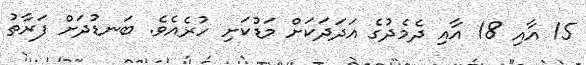
15 އާއި 18 އާއި ދެމެދުގެ އަދަދަކަށް މަޑުކަށި ހުރެއެވެ. ބަނޑުދަށް ފަރާތު